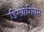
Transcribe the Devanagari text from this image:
डिस्प्रोशियम